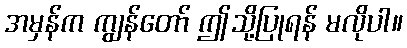
အမှန်က ကျွန်တော် ဤသို့ပြုရန် မလိုပါ။